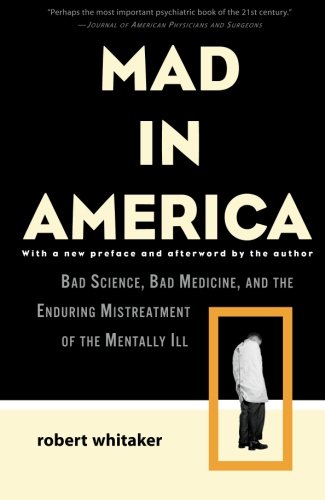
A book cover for Mad in America: Bad Science, Bad Medicine, and the Enduring Mistreatment of the Mentally Ill; Robert Whitaker; Medical Books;